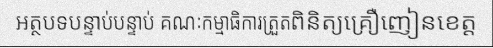
អត្ថបទបន្ទាប់បន្ទាប់ គណៈកម្មាធិការត្រួតពិនិត្យគ្រឿញៀនខេត្ត